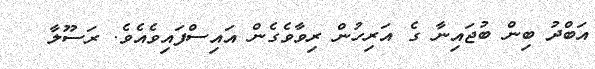
އަބްދު ބިން ބުޖައިނާ ގެ އަރިހުން ރިވާވެގެން އައިސްފައިވެއެވެ. ރަސޫލާ